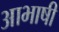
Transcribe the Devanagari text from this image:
आभाषी